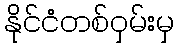
နိုင်ငံတစ်ဝှမ်းမှ